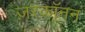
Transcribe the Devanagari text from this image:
ज़रकॉनन